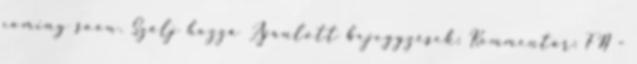
coming soon. Szólj hozzá Ajánlott bejegyzések: Kommentár: FN -